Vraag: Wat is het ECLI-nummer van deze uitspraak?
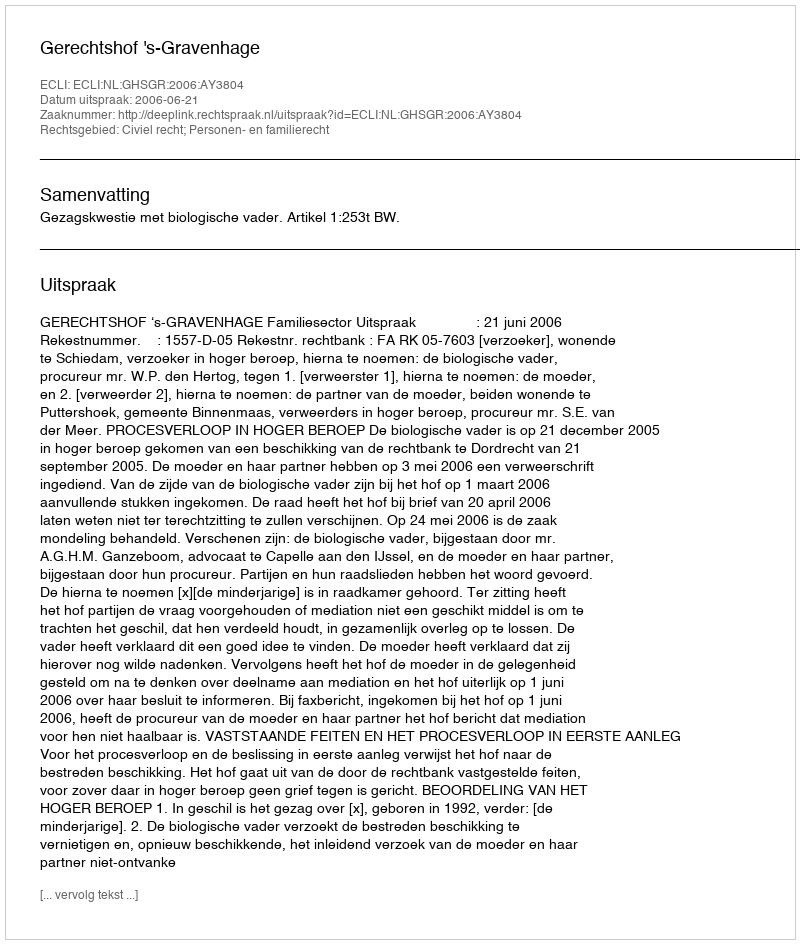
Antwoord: ECLI:NL:GHSGR:2006:AY3804